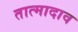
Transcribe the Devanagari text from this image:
तात्मादाव